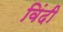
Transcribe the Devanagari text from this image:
विंदी